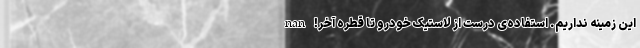
این زمینه نداریم. استفاده‌ی درست از لاستیک خودرو تا قطره آخر! nan